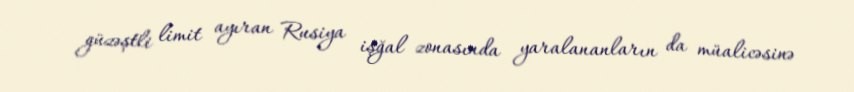
güzəştli limit ayıran Rusiya işğal zonasında yaralananların da müalicəsinə